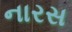
નારસ